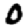
Digit: 0